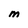
Character: m